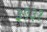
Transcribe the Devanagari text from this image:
३९३१